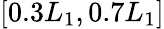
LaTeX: [0.3L_{1},0.7L_{1}]